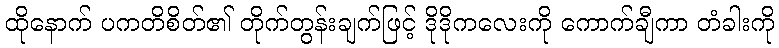
ထိုနောက် ပကတိစိတ်၏ တိုက်တွန်းချက်ဖြင့် ဒိုဒိုကလေးကို ကောက်ချီကာ တံခါးကို